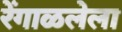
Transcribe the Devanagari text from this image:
रेंगाळलेला